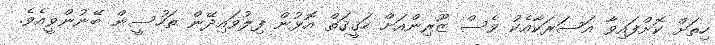
ހިތަށް ކޮށްފައިވާ އަސަރަކާއެކު ވެސް ޒޫރިންއަށް ހަޤީޤަތް އޮޅުން ފިލުވައިދޭން ތަހުސީން ބޭނުންވީއެވެ.